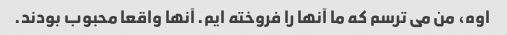
اوه، من می ترسم که ما آنها را فروخته ایم. آنها واقعا محبوب بودند.